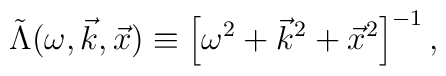
\tilde\Lambda (\omega, \vec k, \vec x)  \equiv \left[ \omega^2+ \vec k^2 + \vec x^2 \right]^{-1} ,